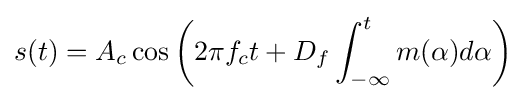
s(t)=A_{c}\cos \left(2\pi f_{c}t+D_{f}\int _{-\infty }^{t}m(\alpha )d\alpha \right)